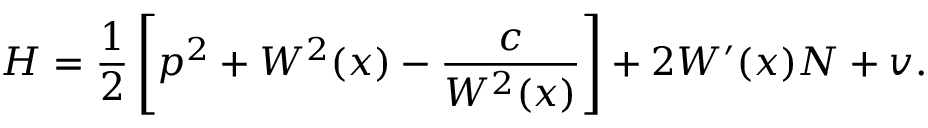
H = \frac 1 2 \left[ p ^ { 2 } + W ^ { 2 } ( x ) - \frac { c } { W ^ { 2 } ( x ) } \right] + 2 W ^ { \prime } ( x ) N + v .